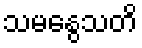
သမနွေသတိ